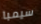
سيمبا